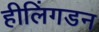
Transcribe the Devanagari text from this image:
हीलिंगडन